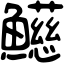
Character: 𩼰